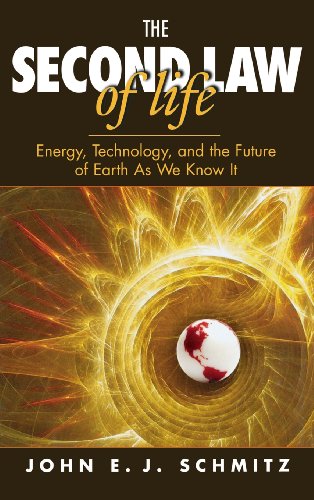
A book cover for The Second Law of Life: Energy, Technology, and the Future of Earth As We Know It; John E.J. Schmitz; Science & Math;